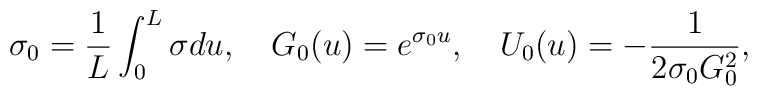
\sigma_0 = \frac{1}{L} \int_0^L \sigma du, \quad G_0(u) = e^{\sigma_0 u},\quad U_0(u) = -\frac{1}{2 \sigma_0 G_0^2},